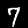
Label: 7